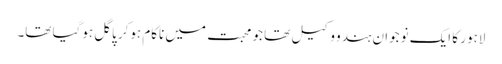
لاہور کا ایک نوجوان ہندو وکیل تھا جو محبت میں ناکام ہوکر پاگل ہوگیا تھا۔